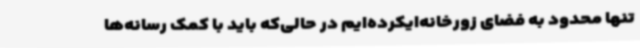
تنها محدود به فضای زورخانه‌ایکرده‌ایم در حالی‌که باید با کمک رسانه‌ها